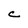
Character: C